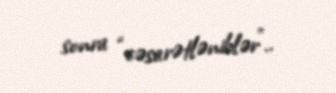
sonra “cəsarətləniblər”..